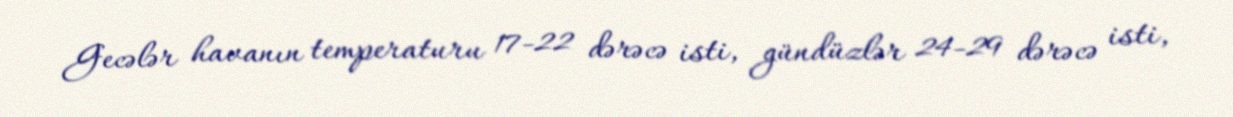
Gecələr havanın temperaturu 17-22 dərəcə isti, gündüzlər 24-29 dərəcə isti,